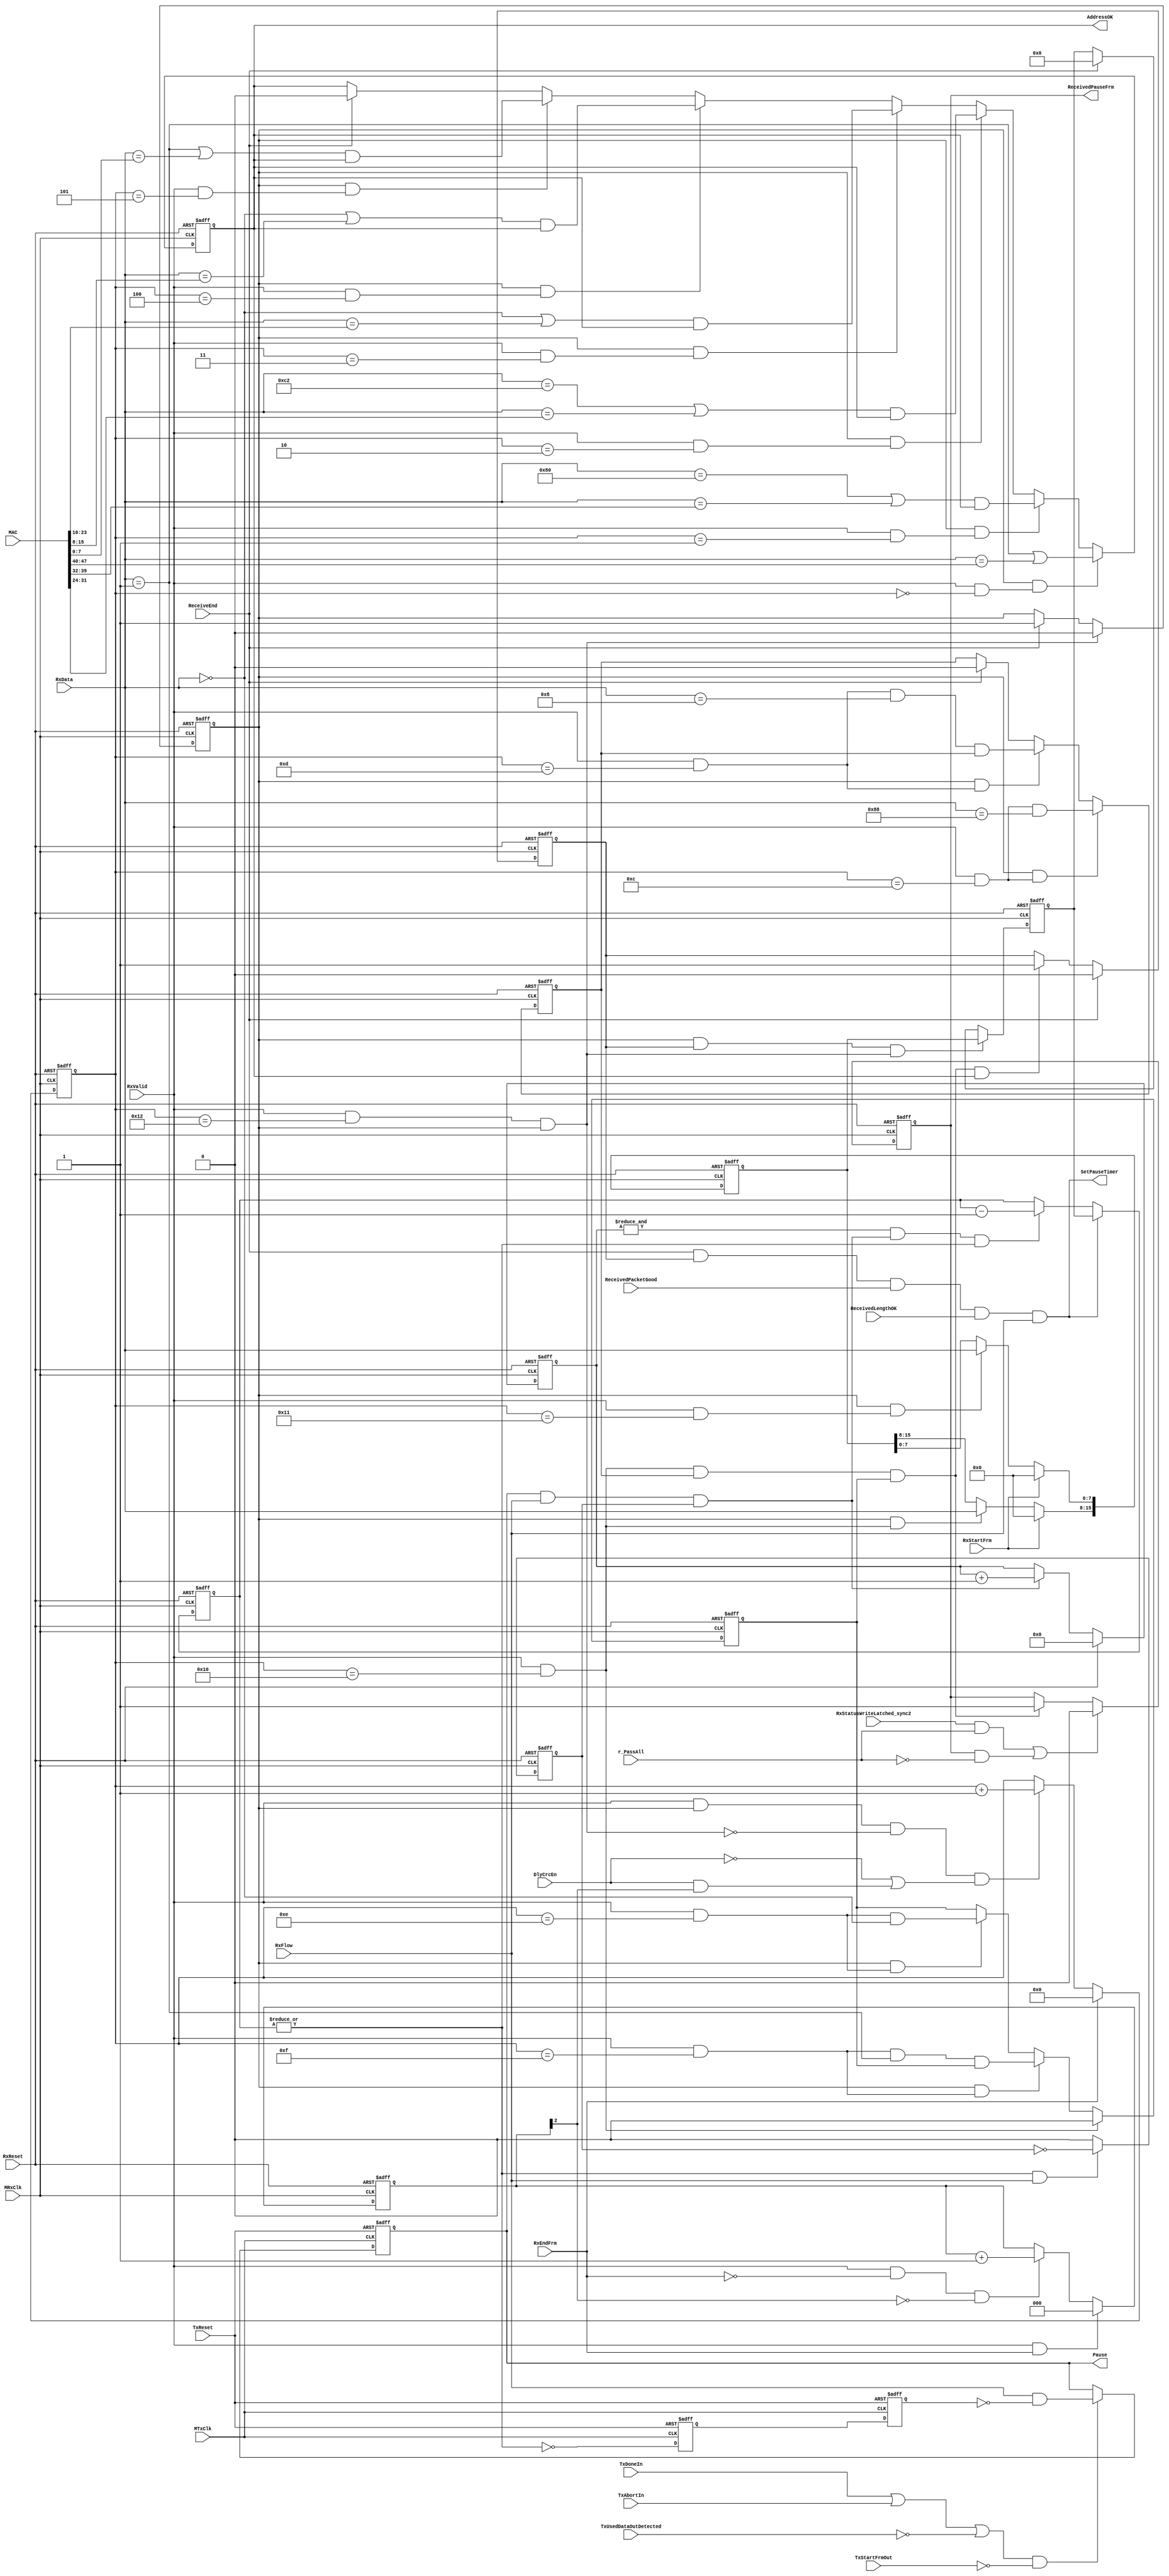
// This program was cloned from: https://github.com/NYU-MLDA/OpenABC
// License: BSD 3-Clause "New" or "Revised" License

module eth_receivecontrol (MTxClk, MRxClk, TxReset, RxReset, RxData, RxValid, RxStartFrm, 
                           RxEndFrm, RxFlow, ReceiveEnd, MAC, DlyCrcEn, TxDoneIn, 
                           TxAbortIn, TxStartFrmOut, ReceivedLengthOK, ReceivedPacketGood, 
                           TxUsedDataOutDetected, Pause, ReceivedPauseFrm, AddressOK, 
                           RxStatusWriteLatched_sync2, r_PassAll, SetPauseTimer
                          );


input       MTxClk;
input       MRxClk;
input       TxReset; 
input       RxReset; 
input [7:0] RxData;
input       RxValid;
input       RxStartFrm;
input       RxEndFrm;
input       RxFlow;
input       ReceiveEnd;
input [47:0]MAC;
input       DlyCrcEn;
input       TxDoneIn;
input       TxAbortIn;
input       TxStartFrmOut;
input       ReceivedLengthOK;
input       ReceivedPacketGood;
input       TxUsedDataOutDetected;
input       RxStatusWriteLatched_sync2;
input       r_PassAll;

output      Pause;
output      ReceivedPauseFrm;
output      AddressOK;
output      SetPauseTimer;


reg         Pause;
reg         AddressOK;                // Multicast or unicast address detected
reg         TypeLengthOK;             // Type/Length field contains 0x8808
reg         DetectionWindow;          // Detection of the PAUSE frame is possible within this window
reg         OpCodeOK;                 // PAUSE opcode detected (0x0001)
reg  [2:0]  DlyCrcCnt;
reg  [4:0]  ByteCnt;
reg [15:0]  AssembledTimerValue;
reg [15:0]  LatchedTimerValue;
reg         ReceivedPauseFrm;
reg         ReceivedPauseFrmWAddr;
reg         PauseTimerEq0_sync1;
reg         PauseTimerEq0_sync2;
reg [15:0]  PauseTimer;
reg         Divider2;
reg  [5:0]  SlotTimer;

wire [47:0] ReservedMulticast;        // 0x0180C2000001
wire [15:0] TypeLength;               // 0x8808
wire        ResetByteCnt;             // 
wire        IncrementByteCnt;         // 
wire        ByteCntEq0;               // ByteCnt = 0
wire        ByteCntEq1;               // ByteCnt = 1
wire        ByteCntEq2;               // ByteCnt = 2
wire        ByteCntEq3;               // ByteCnt = 3
wire        ByteCntEq4;               // ByteCnt = 4
wire        ByteCntEq5;               // ByteCnt = 5
wire        ByteCntEq12;              // ByteCnt = 12
wire        ByteCntEq13;              // ByteCnt = 13
wire        ByteCntEq14;              // ByteCnt = 14
wire        ByteCntEq15;              // ByteCnt = 15
wire        ByteCntEq16;              // ByteCnt = 16
wire        ByteCntEq17;              // ByteCnt = 17
wire        ByteCntEq18;              // ByteCnt = 18
wire        DecrementPauseTimer;      // 
wire        PauseTimerEq0;            // 
wire        ResetSlotTimer;           // 
wire        IncrementSlotTimer;       // 
wire        SlotFinished;             // 



// Reserved multicast address and Type/Length for PAUSE control
assign ReservedMulticast = 48'h0180C2000001;
assign TypeLength = 16'h8808;


// Address Detection (Multicast or unicast)
always @ (posedge MRxClk or posedge RxReset)
begin
  if(RxReset)
    AddressOK <=  1'b0;
  else
  if(DetectionWindow & ByteCntEq0)
    AddressOK <=   RxData[7:0] == ReservedMulticast[47:40] | RxData[7:0] == MAC[47:40];
  else
  if(DetectionWindow & ByteCntEq1)
    AddressOK <=  (RxData[7:0] == ReservedMulticast[39:32] | RxData[7:0] == MAC[39:32]) & AddressOK;
  else
  if(DetectionWindow & ByteCntEq2)
    AddressOK <=  (RxData[7:0] == ReservedMulticast[31:24] | RxData[7:0] == MAC[31:24]) & AddressOK;
  else
  if(DetectionWindow & ByteCntEq3)
    AddressOK <=  (RxData[7:0] == ReservedMulticast[23:16] | RxData[7:0] == MAC[23:16]) & AddressOK;
  else
  if(DetectionWindow & ByteCntEq4)
    AddressOK <=  (RxData[7:0] == ReservedMulticast[15:8]  | RxData[7:0] == MAC[15:8])  & AddressOK;
  else
  if(DetectionWindow & ByteCntEq5)
    AddressOK <=  (RxData[7:0] == ReservedMulticast[7:0]   | RxData[7:0] == MAC[7:0])   & AddressOK;
  else
  if(ReceiveEnd)
    AddressOK <=  1'b0;
end



// TypeLengthOK (Type/Length Control frame detected)
always @ (posedge MRxClk or posedge RxReset )
begin
  if(RxReset)
    TypeLengthOK <=  1'b0;
  else
  if(DetectionWindow & ByteCntEq12)
    TypeLengthOK <=  ByteCntEq12 & (RxData[7:0] == TypeLength[15:8]);
  else
  if(DetectionWindow & ByteCntEq13)
    TypeLengthOK <=  ByteCntEq13 & (RxData[7:0] == TypeLength[7:0]) & TypeLengthOK;
  else
  if(ReceiveEnd)
    TypeLengthOK <=  1'b0;
end



// Latch Control Frame Opcode
always @ (posedge MRxClk or posedge RxReset )
begin
  if(RxReset)
    OpCodeOK <=  1'b0;
  else
  if(ByteCntEq16)
    OpCodeOK <=  1'b0;
  else
    begin
      if(DetectionWindow & ByteCntEq14)
        OpCodeOK <=  ByteCntEq14 & RxData[7:0] == 8'h00;
    
      if(DetectionWindow & ByteCntEq15)
        OpCodeOK <=  ByteCntEq15 & RxData[7:0] == 8'h01 & OpCodeOK;
    end
end


// ReceivedPauseFrmWAddr (+Address Check)
always @ (posedge MRxClk or posedge RxReset )
begin
  if(RxReset)
    ReceivedPauseFrmWAddr <=  1'b0;
  else
  if(ReceiveEnd)
    ReceivedPauseFrmWAddr <=  1'b0;
  else
  if(ByteCntEq16 & TypeLengthOK & OpCodeOK & AddressOK)
    ReceivedPauseFrmWAddr <=  1'b1;        
end



// Assembling 16-bit timer value from two 8-bit data
always @ (posedge MRxClk or posedge RxReset )
begin
  if(RxReset)
    AssembledTimerValue[15:0] <=  16'h0;
  else
  if(RxStartFrm)
    AssembledTimerValue[15:0] <=  16'h0;
  else
    begin
      if(DetectionWindow & ByteCntEq16)
        AssembledTimerValue[15:8] <=  RxData[7:0];
      if(DetectionWindow & ByteCntEq17)
        AssembledTimerValue[7:0] <=  RxData[7:0];
    end
end


// Detection window (while PAUSE detection is possible)
always @ (posedge MRxClk or posedge RxReset )
begin
  if(RxReset)
    DetectionWindow <=  1'b1;
  else
  if(ByteCntEq18)
    DetectionWindow <=  1'b0;
  else
  if(ReceiveEnd)
    DetectionWindow <=  1'b1;
end



// Latching Timer Value
always @ (posedge MRxClk or posedge RxReset )
begin
  if(RxReset)
    LatchedTimerValue[15:0] <=  16'h0;
  else
  if(DetectionWindow &  ReceivedPauseFrmWAddr &  ByteCntEq18)
    LatchedTimerValue[15:0] <=  AssembledTimerValue[15:0];
  else
  if(ReceiveEnd)
    LatchedTimerValue[15:0] <=  16'h0;
end



// Delayed CEC counter
always @ (posedge MRxClk or posedge RxReset)
begin
  if(RxReset)
    DlyCrcCnt <=  3'h0;
  else
  if(RxValid & RxEndFrm)
    DlyCrcCnt <=  3'h0;
  else
  if(RxValid & ~RxEndFrm & ~DlyCrcCnt[2])
    DlyCrcCnt <=  DlyCrcCnt + 3'd1;
end

             
assign ResetByteCnt = RxEndFrm;
assign IncrementByteCnt = RxValid & DetectionWindow & ~ByteCntEq18 & 
			  (~DlyCrcEn | DlyCrcEn & DlyCrcCnt[2]);


// Byte counter
always @ (posedge MRxClk or posedge RxReset)
begin
  if(RxReset)
    ByteCnt[4:0] <=  5'h0;
  else
  if(ResetByteCnt)
    ByteCnt[4:0] <=  5'h0;
  else
  if(IncrementByteCnt)
    ByteCnt[4:0] <=  ByteCnt[4:0] + 5'd1;
end


assign ByteCntEq0 = RxValid & ByteCnt[4:0] == 5'h0;
assign ByteCntEq1 = RxValid & ByteCnt[4:0] == 5'h1;
assign ByteCntEq2 = RxValid & ByteCnt[4:0] == 5'h2;
assign ByteCntEq3 = RxValid & ByteCnt[4:0] == 5'h3;
assign ByteCntEq4 = RxValid & ByteCnt[4:0] == 5'h4;
assign ByteCntEq5 = RxValid & ByteCnt[4:0] == 5'h5;
assign ByteCntEq12 = RxValid & ByteCnt[4:0] == 5'h0C;
assign ByteCntEq13 = RxValid & ByteCnt[4:0] == 5'h0D;
assign ByteCntEq14 = RxValid & ByteCnt[4:0] == 5'h0E;
assign ByteCntEq15 = RxValid & ByteCnt[4:0] == 5'h0F;
assign ByteCntEq16 = RxValid & ByteCnt[4:0] == 5'h10;
assign ByteCntEq17 = RxValid & ByteCnt[4:0] == 5'h11;
assign ByteCntEq18 = RxValid & ByteCnt[4:0] == 5'h12 & DetectionWindow;


assign SetPauseTimer = ReceiveEnd & ReceivedPauseFrmWAddr & ReceivedPacketGood & ReceivedLengthOK & RxFlow;
assign DecrementPauseTimer = SlotFinished & |PauseTimer;


// PauseTimer[15:0]
always @ (posedge MRxClk or posedge RxReset)
begin
  if(RxReset)
    PauseTimer[15:0] <=  16'h0;
  else
  if(SetPauseTimer)
    PauseTimer[15:0] <=  LatchedTimerValue[15:0];
  else
  if(DecrementPauseTimer)
    PauseTimer[15:0] <=  PauseTimer[15:0] - 16'd1;
end

assign PauseTimerEq0 = ~(|PauseTimer[15:0]);



// Synchronization of the pause timer
always @ (posedge MTxClk or posedge TxReset)
begin
  if(TxReset)
    begin
      PauseTimerEq0_sync1 <=  1'b1;
      PauseTimerEq0_sync2 <=  1'b1;
    end
  else
    begin
      PauseTimerEq0_sync1 <=  PauseTimerEq0;
      PauseTimerEq0_sync2 <=  PauseTimerEq0_sync1;
    end
end


// Pause signal generation
always @ (posedge MTxClk or posedge TxReset)
begin
  if(TxReset)
    Pause <=  1'b0;
  else
  if((TxDoneIn | TxAbortIn | ~TxUsedDataOutDetected) & ~TxStartFrmOut)
    Pause <=  RxFlow & ~PauseTimerEq0_sync2;
end


// Divider2 is used for incrementing the Slot timer every other clock
always @ (posedge MRxClk or posedge RxReset)
begin
  if(RxReset)
    Divider2 <=  1'b0;
  else
  if(|PauseTimer[15:0] & RxFlow)
    Divider2 <=  ~Divider2;
  else
    Divider2 <=  1'b0;
end


assign ResetSlotTimer = RxReset;
assign IncrementSlotTimer =  Pause & RxFlow & Divider2;


// SlotTimer
always @ (posedge MRxClk or posedge RxReset)
begin
  if(RxReset)
    SlotTimer[5:0] <=  6'h0;
  else
  if(ResetSlotTimer)
    SlotTimer[5:0] <=  6'h0;
  else
  if(IncrementSlotTimer)
    SlotTimer[5:0] <=  SlotTimer[5:0] + 6'd1;
end


assign SlotFinished = &SlotTimer[5:0] & IncrementSlotTimer;  // Slot is 512 bits (64 bytes)



// Pause Frame received
always @ (posedge MRxClk or posedge RxReset)
begin
  if(RxReset)
    ReceivedPauseFrm <= 1'b0;
  else
  if(RxStatusWriteLatched_sync2 & r_PassAll | ReceivedPauseFrm & (~r_PassAll))
    ReceivedPauseFrm <= 1'b0;
  else
  if(ByteCntEq16 & TypeLengthOK & OpCodeOK)
    ReceivedPauseFrm <= 1'b1;        
end


endmodule